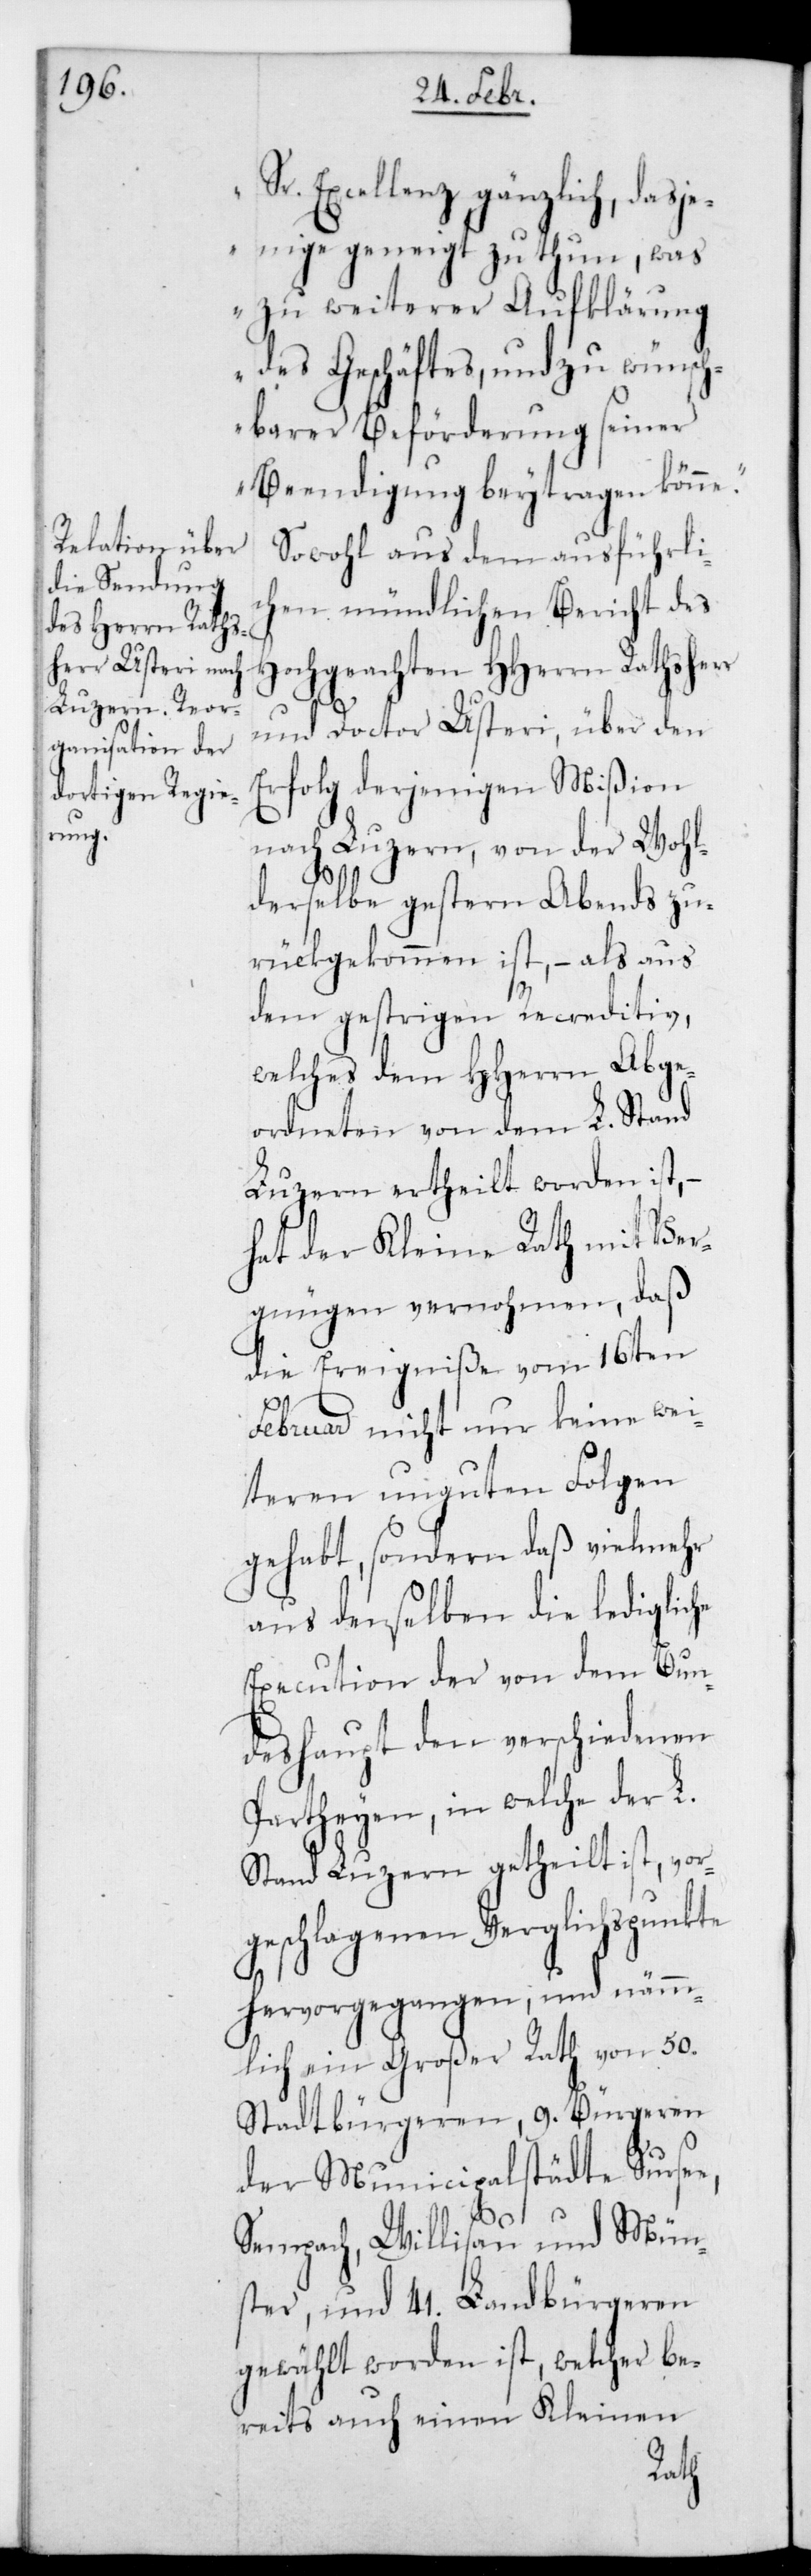
Sr. Excellenz gänzlich, dasje¬
nige geneigt zu thun, was
zu weiterer Aufklärung
des Geschäftes und zu wünsch¬
barer Beförderung seiner
Beendigung beytragen könne“.
Sowohl aus dem ausführli¬
chen mündlichen Bericht des
Hochgeachten HHerrn Rathsherr
und Doctor Usteri, über den
Erfolg derjenigen Mißion
nach Luzern, von der wohl¬
derselbe gestern Abends zu¬
rückgekommen ist, – als aus
dem gestrigen Recreditiv,
welches dem HHerrn Abge¬
ordneten von dem L. Stand
Luzern ertheilt worden ist,
hat der Kleine Rath mit Ver¬
gnügen vernommen, daß
die Ereigniße vom 16ten
Februar nicht nur keine wei¬
teren unguten Folgen
gehabt, sondern daß vielmehr
aus denselben die ledigliche
Execution der von dem Bun¬
deshaupt den verschiedenen
Parteien, in welche der L.
Stand Luzern getheilt ist, vor¬
geschlagenen Verglichspunkte
hervorgegangen, und nämm¬
lich ein Großer Rath von 50
Stadtbürgeren, 9. Bürgeren
der Minicipalstädte Surse¬
e,
Sempach, Willisau und Mün¬
ster, und 41. Landbürgeren
gewählt worden ist, welcher be¬
reits auch einen Kleinen